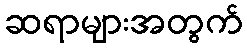
ဆရာများအတွက်